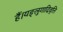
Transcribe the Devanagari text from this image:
हैं।यङ्लुगादिवृत्ति